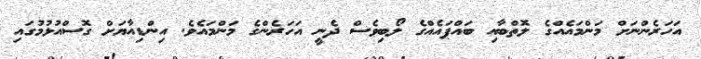
އަހަރެންނަށް މަންމައެއްގެ ލޮތްބާއި ބައްޕައެއްގެ ލޯބިވެސް ދެނީ އަހަރެންގެ މަންމައެވެ. އިންޑިއާޔަށް ގޮސްއުޅުމުގައި